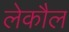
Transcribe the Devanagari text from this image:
लेकौल